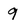
Character: 9